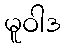
မူဝါဒ